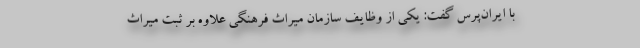
با ایران‌پرس گفت: یکی از وظایف سازمان میراث فرهنگی علاوه بر ثبت میراث